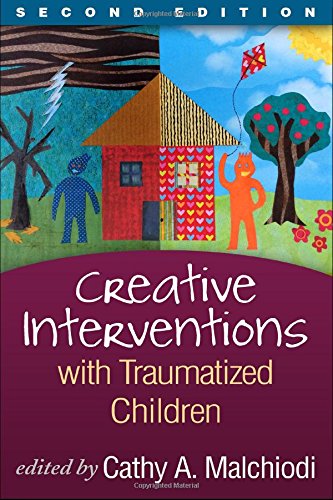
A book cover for Creative Interventions with Traumatized Children, Second Edition (Creative Arts and Play Therapy); Health, Fitness & Dieting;